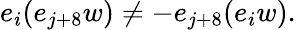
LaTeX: \begin{array}{r}{e_{i}(e_{j+8}w)\neq-e_{j+8}(e_{i}w).}\end{array}